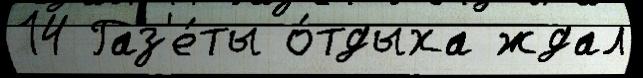
14 Газ'е́ты о́тдыха ждал